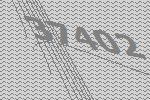
37402